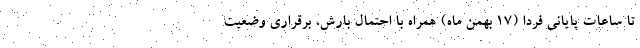
تا ساعات پایانی فردا (۱۷ بهمن ماه) همراه با احتمال بارش، برقراری وضعیت